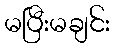
မပြီးမချင်း